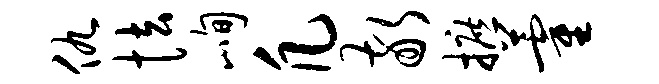
仇怯峋凡敬摭藿